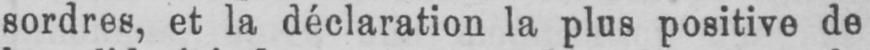
sordres, et la déclaration la plus positive de